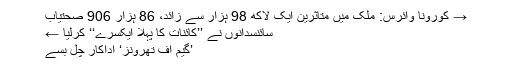
→ کورونا وائرس: ملک میں متاثرین ایک لاکھ 98 ہزار سے زائد، 86 ہزار 906 صحتیاب
سائنسدانوں نے ’’کائنات کا پہلا ایکسرے‘‘ کرلیا ←
’گیم آف تھرونز‘ اداکار چل بسے